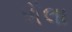
ધૌલા